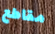
مقاطع